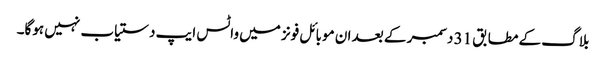
بلاگ کے مطابق 31 دسمبر کے بعد ان موبائل فونز میں واٹس ایپ دستیاب نہیں ہوگا۔